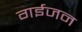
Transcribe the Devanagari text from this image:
गईजन